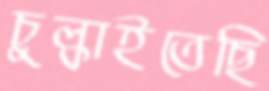
চুল্‌কাইতেছি